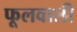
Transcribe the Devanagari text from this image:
फूलवाली